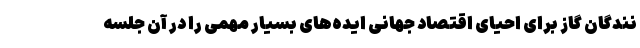
نندگان گاز برای احیای اقتصاد جهانی ایده‌های بسیار مهمی را در آن جلسه